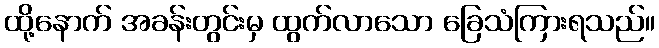
ထို့နောက် အခန်းတွင်းမှ ထွက်လာသော ခြေသံကြားရသည်။